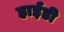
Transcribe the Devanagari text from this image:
हाईडी